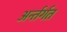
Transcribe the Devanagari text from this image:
अर्न्तर्गत